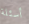
أسئلة